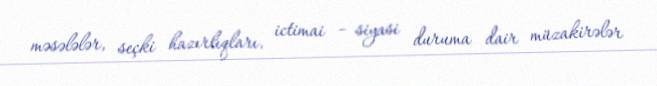
məsələlər, seçki hazırlıqları, ictimai – siyasi duruma dair müzakirələr